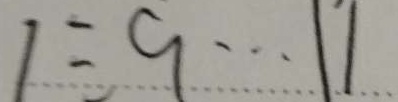
1 \div 9 \cdots 1 1